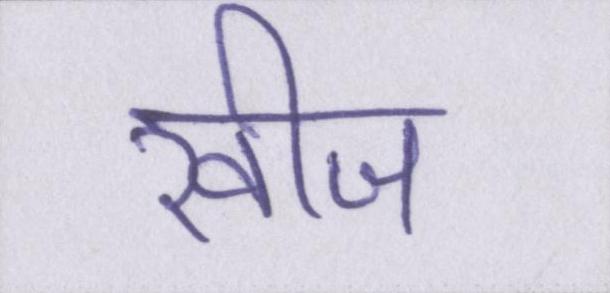
खीज